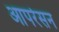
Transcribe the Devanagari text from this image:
आपरेसन